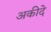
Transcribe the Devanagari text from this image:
अकीदे